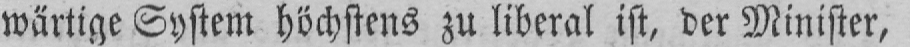
wärtige System höchstens zu liberal ist, der Minister,